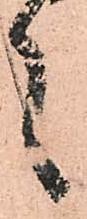
言